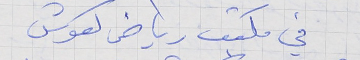
في مكتب رياض كعوش